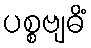
ပစ္စဗျဓိံ